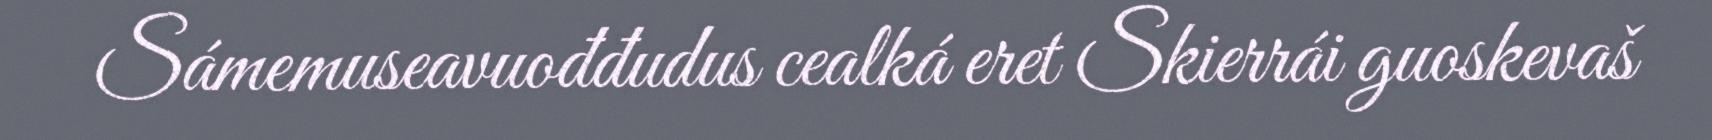
Sámemuseavuođđudus cealká eret Skierrái guoskevaš